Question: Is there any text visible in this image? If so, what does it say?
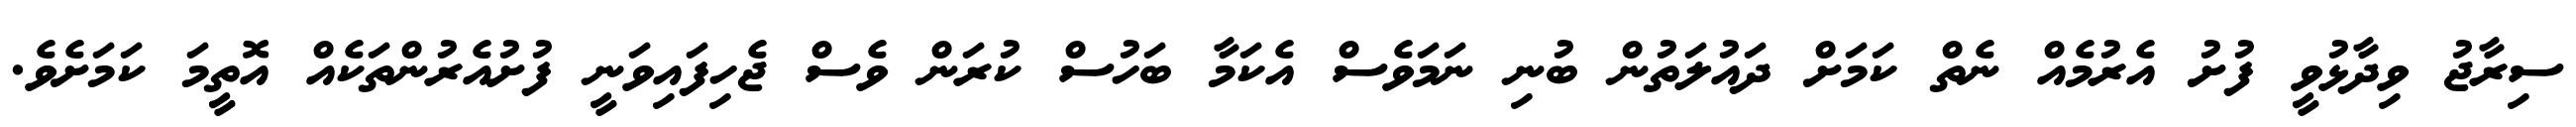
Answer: ސިރާޖު ވިދާޅުވީ ފުށު އެރުމެއް ނެތް ކަމަށް ދައުލަތުން ބުނި ނަމަވެސް އެކަމާ ބަހުސް ކުރަން ވެސް ޖެހިފައިވަނީ ފުށުއެރުންތަކެއް އޮތީމަ ކަމަށެވެ.